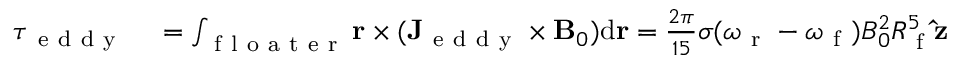
\begin{array} { r l } { \boldsymbol { \tau } _ { \mathrm { ~ e ~ d ~ d ~ y ~ } } } & { { } = \int _ { \mathrm { ~ f ~ l ~ o ~ a ~ t ~ e ~ r ~ } } \mathbf { r } \times ( \mathbf { J } _ { \mathrm { ~ e ~ d ~ d ~ y ~ } } \times \mathbf { B } _ { 0 } ) \mathrm { d } \mathbf { r } = \frac { 2 \pi } { 1 5 } \sigma ( \omega _ { \mathrm { ~ r ~ } } - \omega _ { \mathrm { ~ f ~ } } ) B _ { 0 } ^ { 2 } R _ { \mathrm { ~ f ~ } } ^ { 5 } \mathbf { \hat { z } } } \end{array}